Civil Veterinary Department. Madras. Admin. report 1926-33 - 1926-1933
Year: 1926
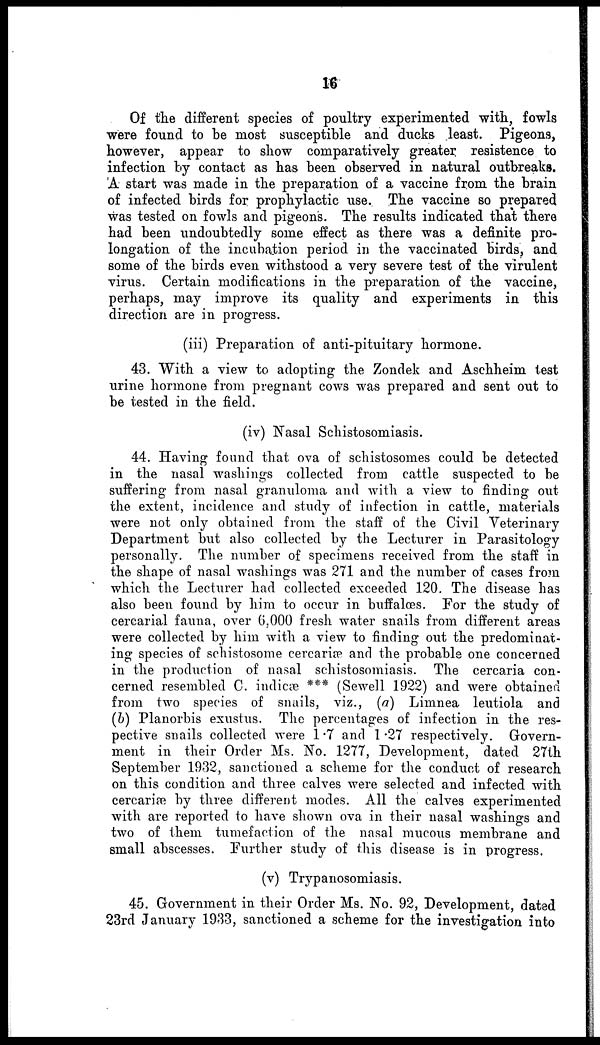
16
Of the different species of poultry experimented with, fowls
were found to be most susceptible and ducks least. Pigeons,
however, appear to show comparatively greater resistance to
infection by contact as has been observed in natural outbreaks.
'A start was made in the preparation of a vaccine from the brain
of infected birds for prophylactic use. The vaccine so prepared
was tested on fowls and pigeon's. The results indicated that there
had been undoubtedly some effect as there was a definite pro-
longation of the incubation period in the vaccinated birds, and
some of the birds even withstood a very severe test of the virulent
virus. Certain modifications in the preparation of the vaccine,
perhaps, may improve its quality and experiments in this
direction are in progress.
(iii) Preparation of anti-pituitary hormone.
43. With a view to adopting the Zondek and Aschheim test
urine hormone from pregnant cows was prepared and sent out to
be tested in the field.
(iv) Nasal Schistosomiasis.
44. Having found that ova of schistosomes could be detected
in the nasal washings collected from cattle suspected to be
suffering from nasal granuloma and with a view to finding out
the extent, incidence and study of infection in cattle, materials
were not only obtained from the staff of the Civil Veterinary
Department but also collected by the Lecturer in Parasitology
personally. The number of specimens received from the staff in
the shape of nasal washings was 271 and the number of cases from
which the Lecturer had collected exceeded 120. The disease has
also been found by him to occur in buffalœs. For the study of
cercarial fauna, over 6,000 fresh water snails from different areas
were collected by him with a view to finding out the predominat-
ing species of schistosome cercariæ and the probable one concerned
in the production of nasal schistosomiasis. The cercaria con-
cerned resembled C. indicæ *** (Sewell 1922) and were obtained
from two species of snails, viz., (a) Limnea leutiola and
(b) Planorbis exustus. The percentages of infection in the res-
pective snails collected were 1.7 and 1.27 respectively. Govern-
ment in their Order Ms. No. 1277, Development, dated 27th
September 1932, sanctioned a scheme for the conduct of research
on this condition and three calves were selected and infected with
cercariæ by three different modes. All the calves experimented
with are reported to have shown ova in their nasal washings and
two of them tumefaction of the nasal mucous membrane and
small abscesses. Further study of this disease is in progress.
(v) Trypanosomiasis.
45. Government in their Order Ms. No. 92, Development, dated
23rd January 1933, sanctioned a scheme for the investigation into